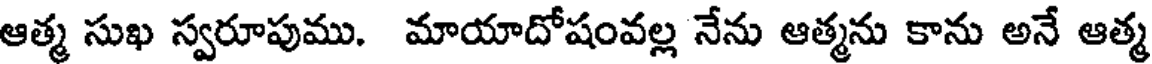
ఆత్మ సుఖ స్వరూపుము. మాయాదోషంవల్ల నేను ఆత్మను కాను అనే ఆత్మ